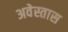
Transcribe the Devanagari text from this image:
अवेस्तास